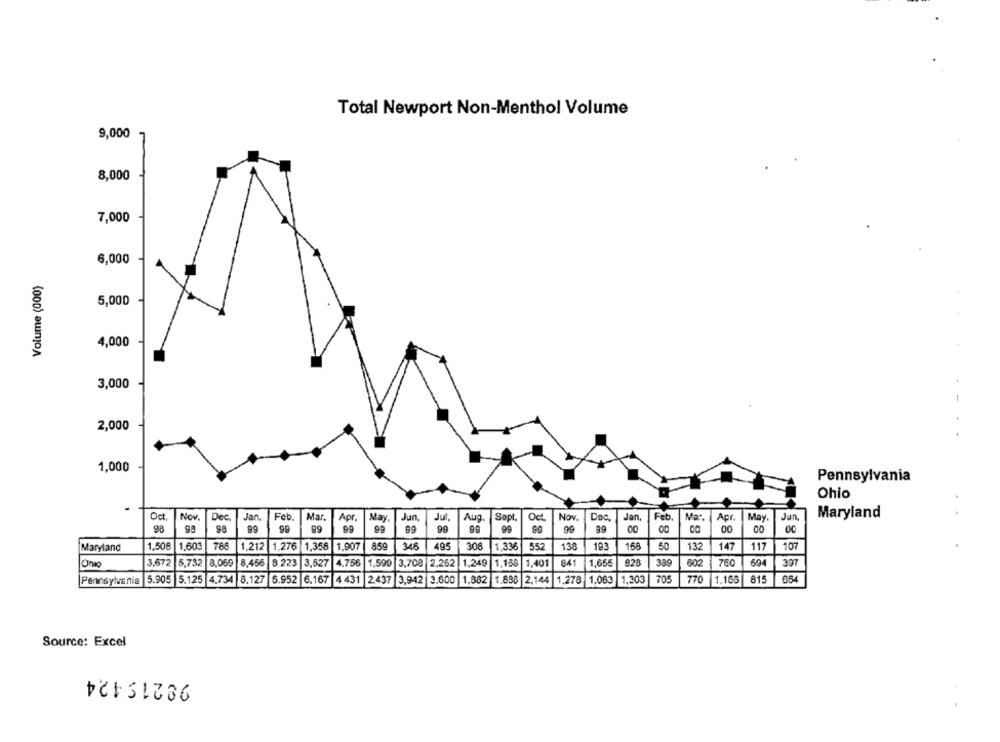
Total Newport Non-Menthol Volume
9,000
8,000
7,000
6,000
Volume (000)
5,000
4,000
3,000
-
2,000
1,000
Pennsylvania
Ohio
8%
Oct
Nov.
Dec.
Jan.
Feb.
Mar.
Apr.
May
Jun,
Jul,
Aug.
Sapt.
Oct
Nov.
Doc.
66
Jan.
Feb.
Na :.
Apr.
May.
Jun,
Maryland
98
98
99
99
99
99
99
89
99
99
99
99
00
00
00
Maryland
1.508
1.603
786
1.212
1.276 1,356 1,907
859
348
495
308
1.336
55
138
193
168
50
132
147
117
107
Orvo
3.672
5.732
8.05€
8,456
8 223
3,527
4.756
1.599
3,708 2,262
1,249
1.188
1.401
84
1.655
828
389
694
397
5.905 5.125
4.734 8.127 |6.952 6.167
1.836 2.144
1.278
1.083
1.303 705
770
1.166
815
664
Pennsylvania
4 431 |2.437 3,942 3.600
1.882
Source: Excel
98215424